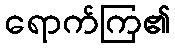
ရောက်ကြ၏